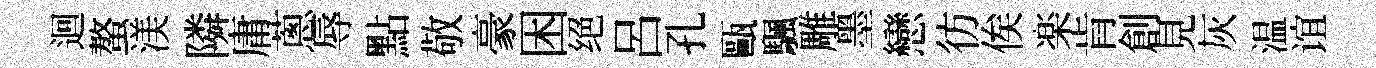
迴螯渼隣庸蔥辱點敬豪困绝呂孔甌颿雕墨戀彷俟楽肯創見灰温谊